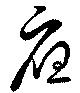
應